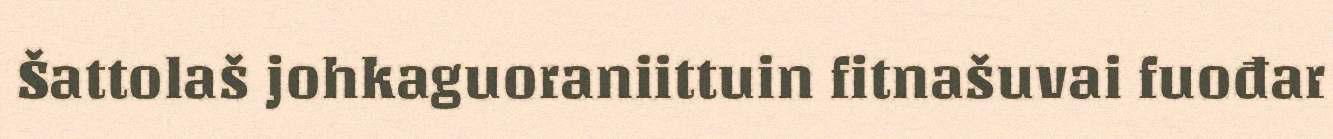
Šattolaš johkaguoraniittuin fitnašuvai fuođar